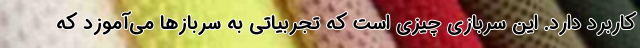
کاربرد دارد. این سربازی چیزی است که تجربیاتی به سربازها می‌آموزد که